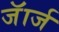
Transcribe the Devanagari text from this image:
जॅार्ज